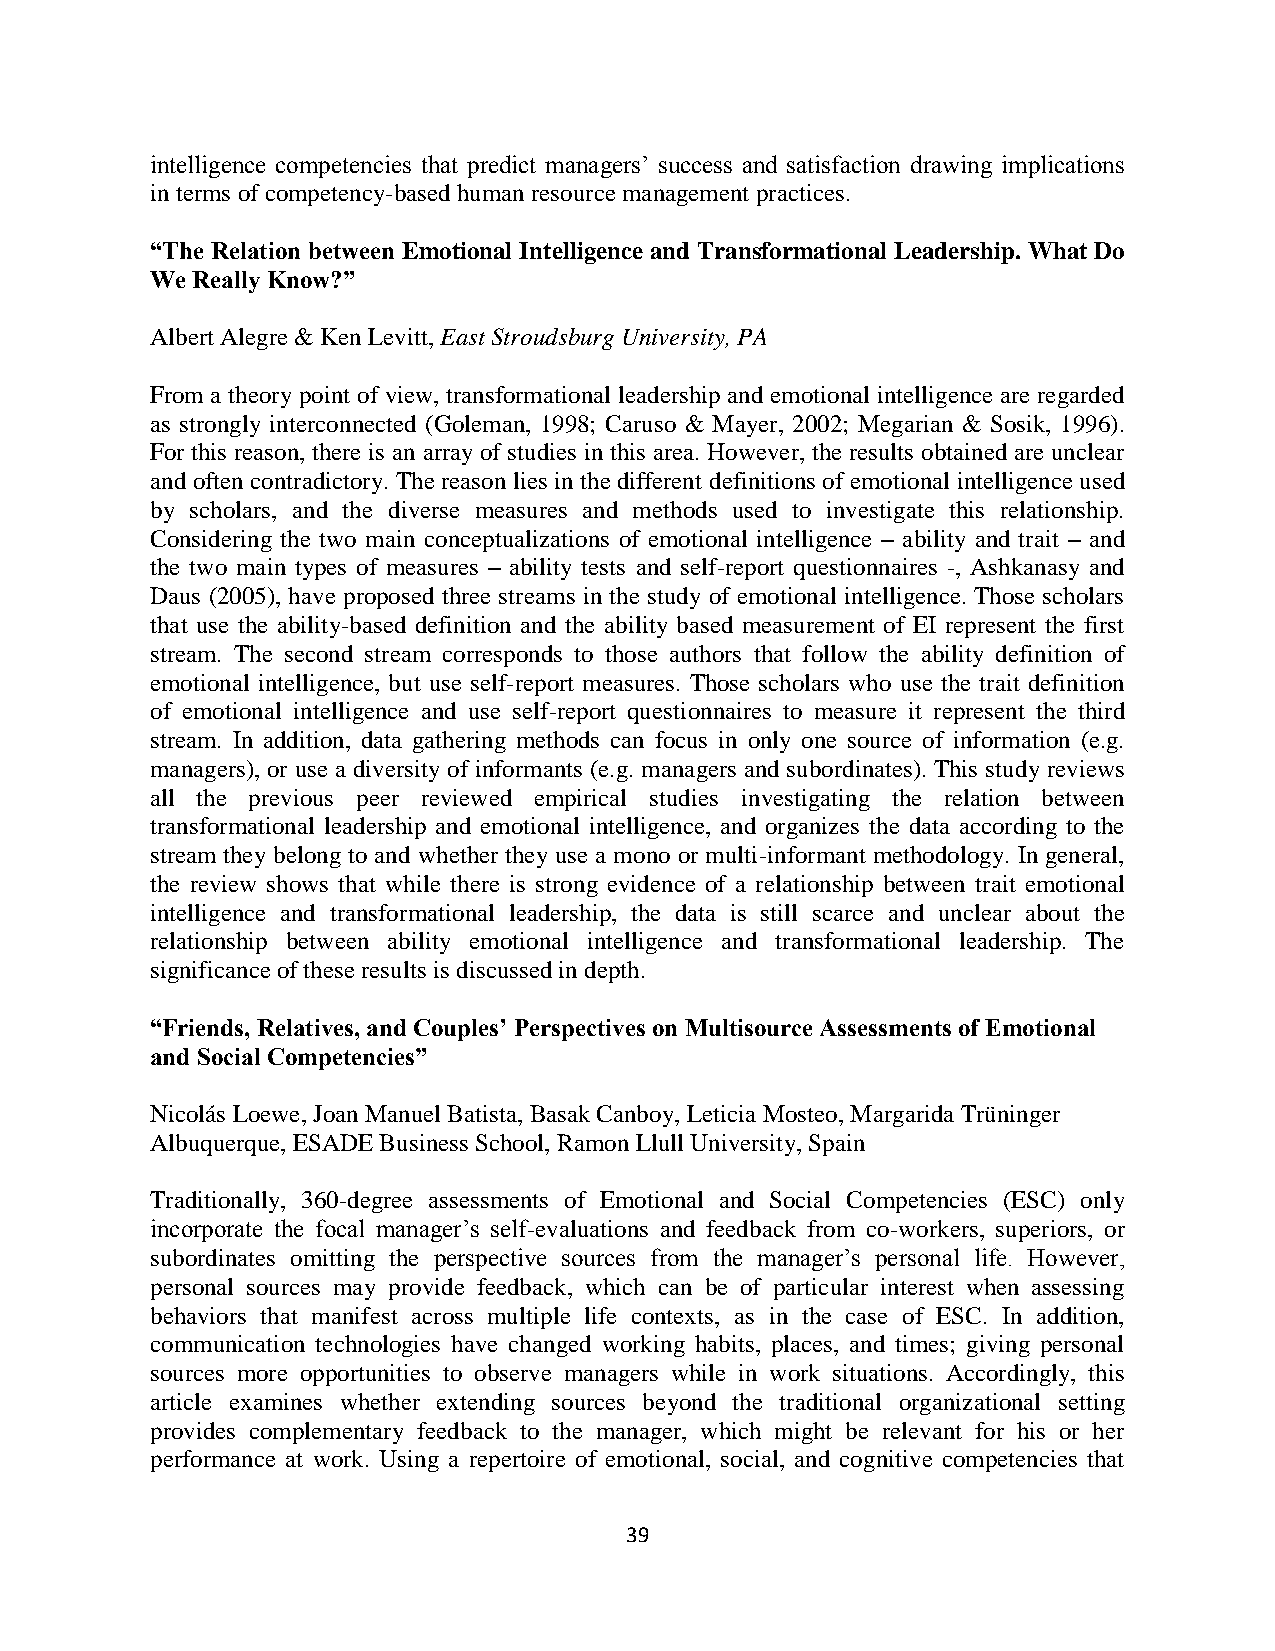
intelligence competencies that predict managers’ success and satisfaction drawing implications
 in terms of competency-based human resource management practices.
 “The Relation between Emotional Intelligence and Transformational Leadership. What Do
 We Really Know?”
 Albert Alegre & Ken Levitt, East Stroudsburg University, PA
 From a theory point of view, transformational leadership and emotional intelligence are regarded
 as strongly interconnected (Goleman, 1998; Caruso & Mayer, 2002; Megarian & Sosik, 1996).
 For this reason, there is an array of studies in this area. However, the results obtained are unclear
 and often contradictory. The reason lies in the different definitions of emotional intelligence used
 by scholars, and the diverse measures and methods used to investigate this relationship.
 Considering the two main conceptualizations of emotional intelligence – ability and trait – and
 the two main types of measures – ability tests and self-report questionnaires -, Ashkanasy and
 Daus (2005), have proposed three streams in the study of emotional intelligence. Those scholars
 that use the ability-based definition and the ability based measurement of EI represent the first
 stream. The second stream corresponds to those authors that follow the ability definition of
 emotional intelligence, but use self-report measures. Those scholars who use the trait definition
 of emotional intelligence and use self-report questionnaires to measure it represent the third
 stream. In addition, data gathering methods can focus in only one source of information (e.g.
 managers), or use a diversity of informants (e.g. managers and subordinates). This study reviews
 all the previous peer reviewed empirical studies investigating the relation between
 transformational leadership and emotional intelligence, and organizes the data according to the
 stream they belong to and whether they use a mono or multi-informant methodology. In general,
 the review shows that while there is strong evidence of a relationship between trait emotional
 intelligence and transformational leadership, the data is still scarce and unclear about the
 relationship between ability emotional intelligence and transformational leadership. The
 significance of these results is discussed in depth.
 “Friends, Relatives, and Couples’ Perspectives on Multisource Assessments of Emotional
 and Social Competencies”
 Nicolás Loewe, Joan Manuel Batista, Basak Canboy, Leticia Mosteo, Margarida Trüninger
 Albuquerque, ESADE Business School, Ramon Llull University, Spain
 Traditionally, 360-degree assessments of Emotional and Social Competencies (ESC) only
 incorporate the focal manager’s self-evaluations and feedback from co-workers, superiors, or
 subordinates omitting the perspective sources from the manager’s personal life. However,
 personal sources may provide feedback, which can be of particular interest when assessing
 behaviors that manifest across multiple life contexts, as in the case of ESC. In addition,
 communication technologies have changed working habits, places, and times; giving personal
 sources more opportunities to observe managers while in work situations. Accordingly, this
 article examines whether extending sources beyond the traditional organizational setting
 provides complementary feedback to the manager, which might be relevant for his or her
 performance at work. Using a repertoire of emotional, social, and cognitive competencies that
 39